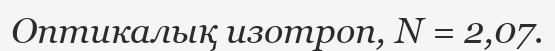
Оптикалық изотроп, N = 2,07.